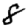
Digit: 8